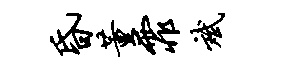
昏董霏斌